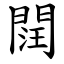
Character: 䦞